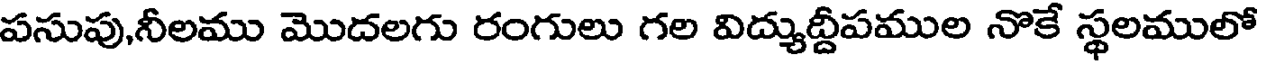
పసుపు,నీలము మొదలగు రంగులు గల విద్యుద్దీపముల నొకే స్థలములో